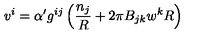
v ^ { i } = \alpha ^ { \prime } g ^ { i j } \left( \frac { n _ { j } } { R } + 2 \pi B _ { j k } w ^ { k } R \right)